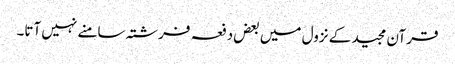
قرآن مجید کے نزول میں بعض دفعہ فرشتہ سامنے نہیں آتا۔